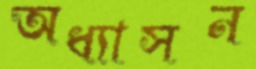
অধ্যাসন